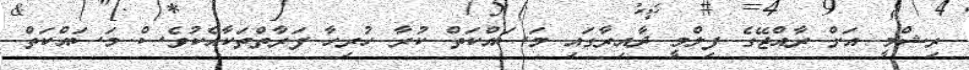
ރިޝްމީ އަށް ރާއްޖޭގެ ފިލްމީ ދާއިރާގައި މަސައްކަތް ކުރާ ހުރިހާ ފަރާތްތަކާއެކުވެސް މަސައްކަތް